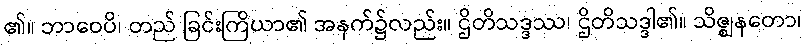
၏။ ဘာဝေပိ၊ တည် ခြင်းကြိယာ၏ အနက်၌လည်း။ ဌိတိသဒ္ဒဿ၊ ဌိတိသဒ္ဒါ၏။ သိဇ္ဈနတော၊